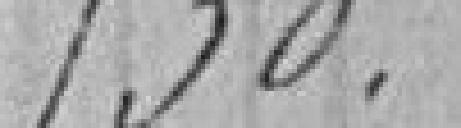
530